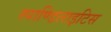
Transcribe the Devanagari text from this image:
स्पाण्डिलाइटिस